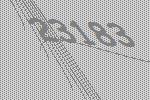
23183